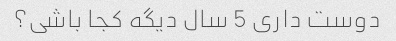
دوست داری 5 سال دیگه کجا باشی؟